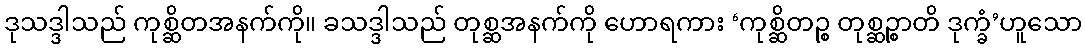
ဒုသဒ္ဒါသည် ကုစ္ဆိတအနက်ကို။ ခသဒ္ဒါသည် တုစ္ဆအနက်ကို ဟောရကား ‘ကုစ္ဆိတဉ္စ တုစ္ဆဉ္စာတိ ဒုက္ခံ’ဟူသော